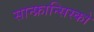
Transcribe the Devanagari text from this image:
सान्फ्रान्सिस्को